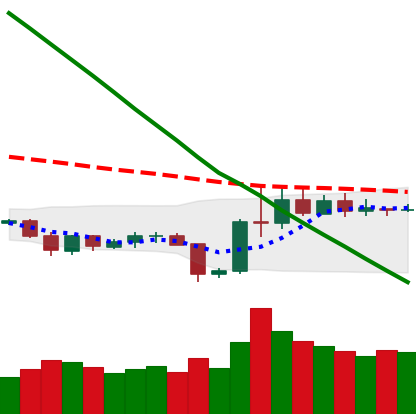
Ticker: LTC-USD
Chart end date: 2019-11-02
Forward return: 5.54%
Label: up_5_7